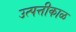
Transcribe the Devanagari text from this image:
उत्पत्तीकाळ